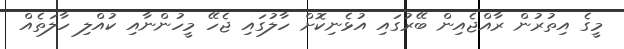
މީގެ އިތުރުން ރާއްޖެއިން ބޭރުގައި އުޅެނިކޮށް ހާލުގައި ޖެހޭ މީހުންނާއި ކުއްލި ހާލަތެއް